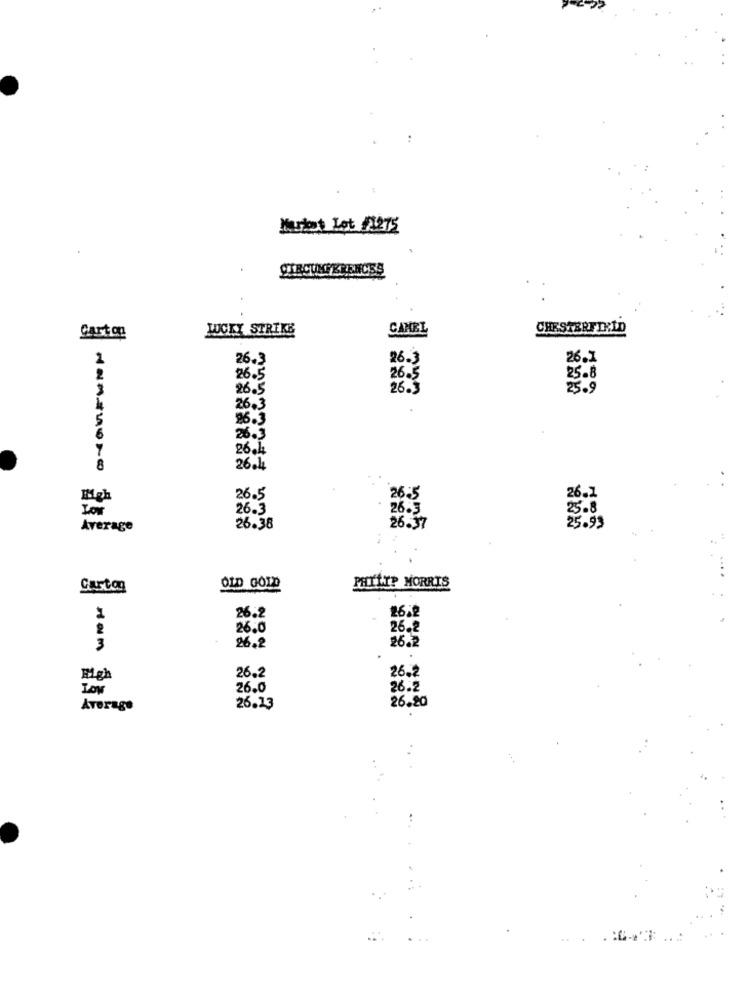
Kurset Let /1275
LUCKY STRIKE
CANEL
CHESTERFIELD
Carton
2
26.3
26.3
26.1
26.5
25.8
3
26.5
25.9
26.3
5
96.3
26.3
26.4
8
26.4
26.1
High
26.5
26.5
Low
26.3
26.3
25.8
26.37
Average
26.38
25.99
OLD GOLD
PHILIP MORRIS
Carton
26.2
26.2
26.0
26.2
26.2
26.2
3
26,2
High
26.2
LOW
26.0
26.2
26.20
Average
26.13